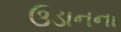
ઉડાનના